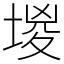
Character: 堫